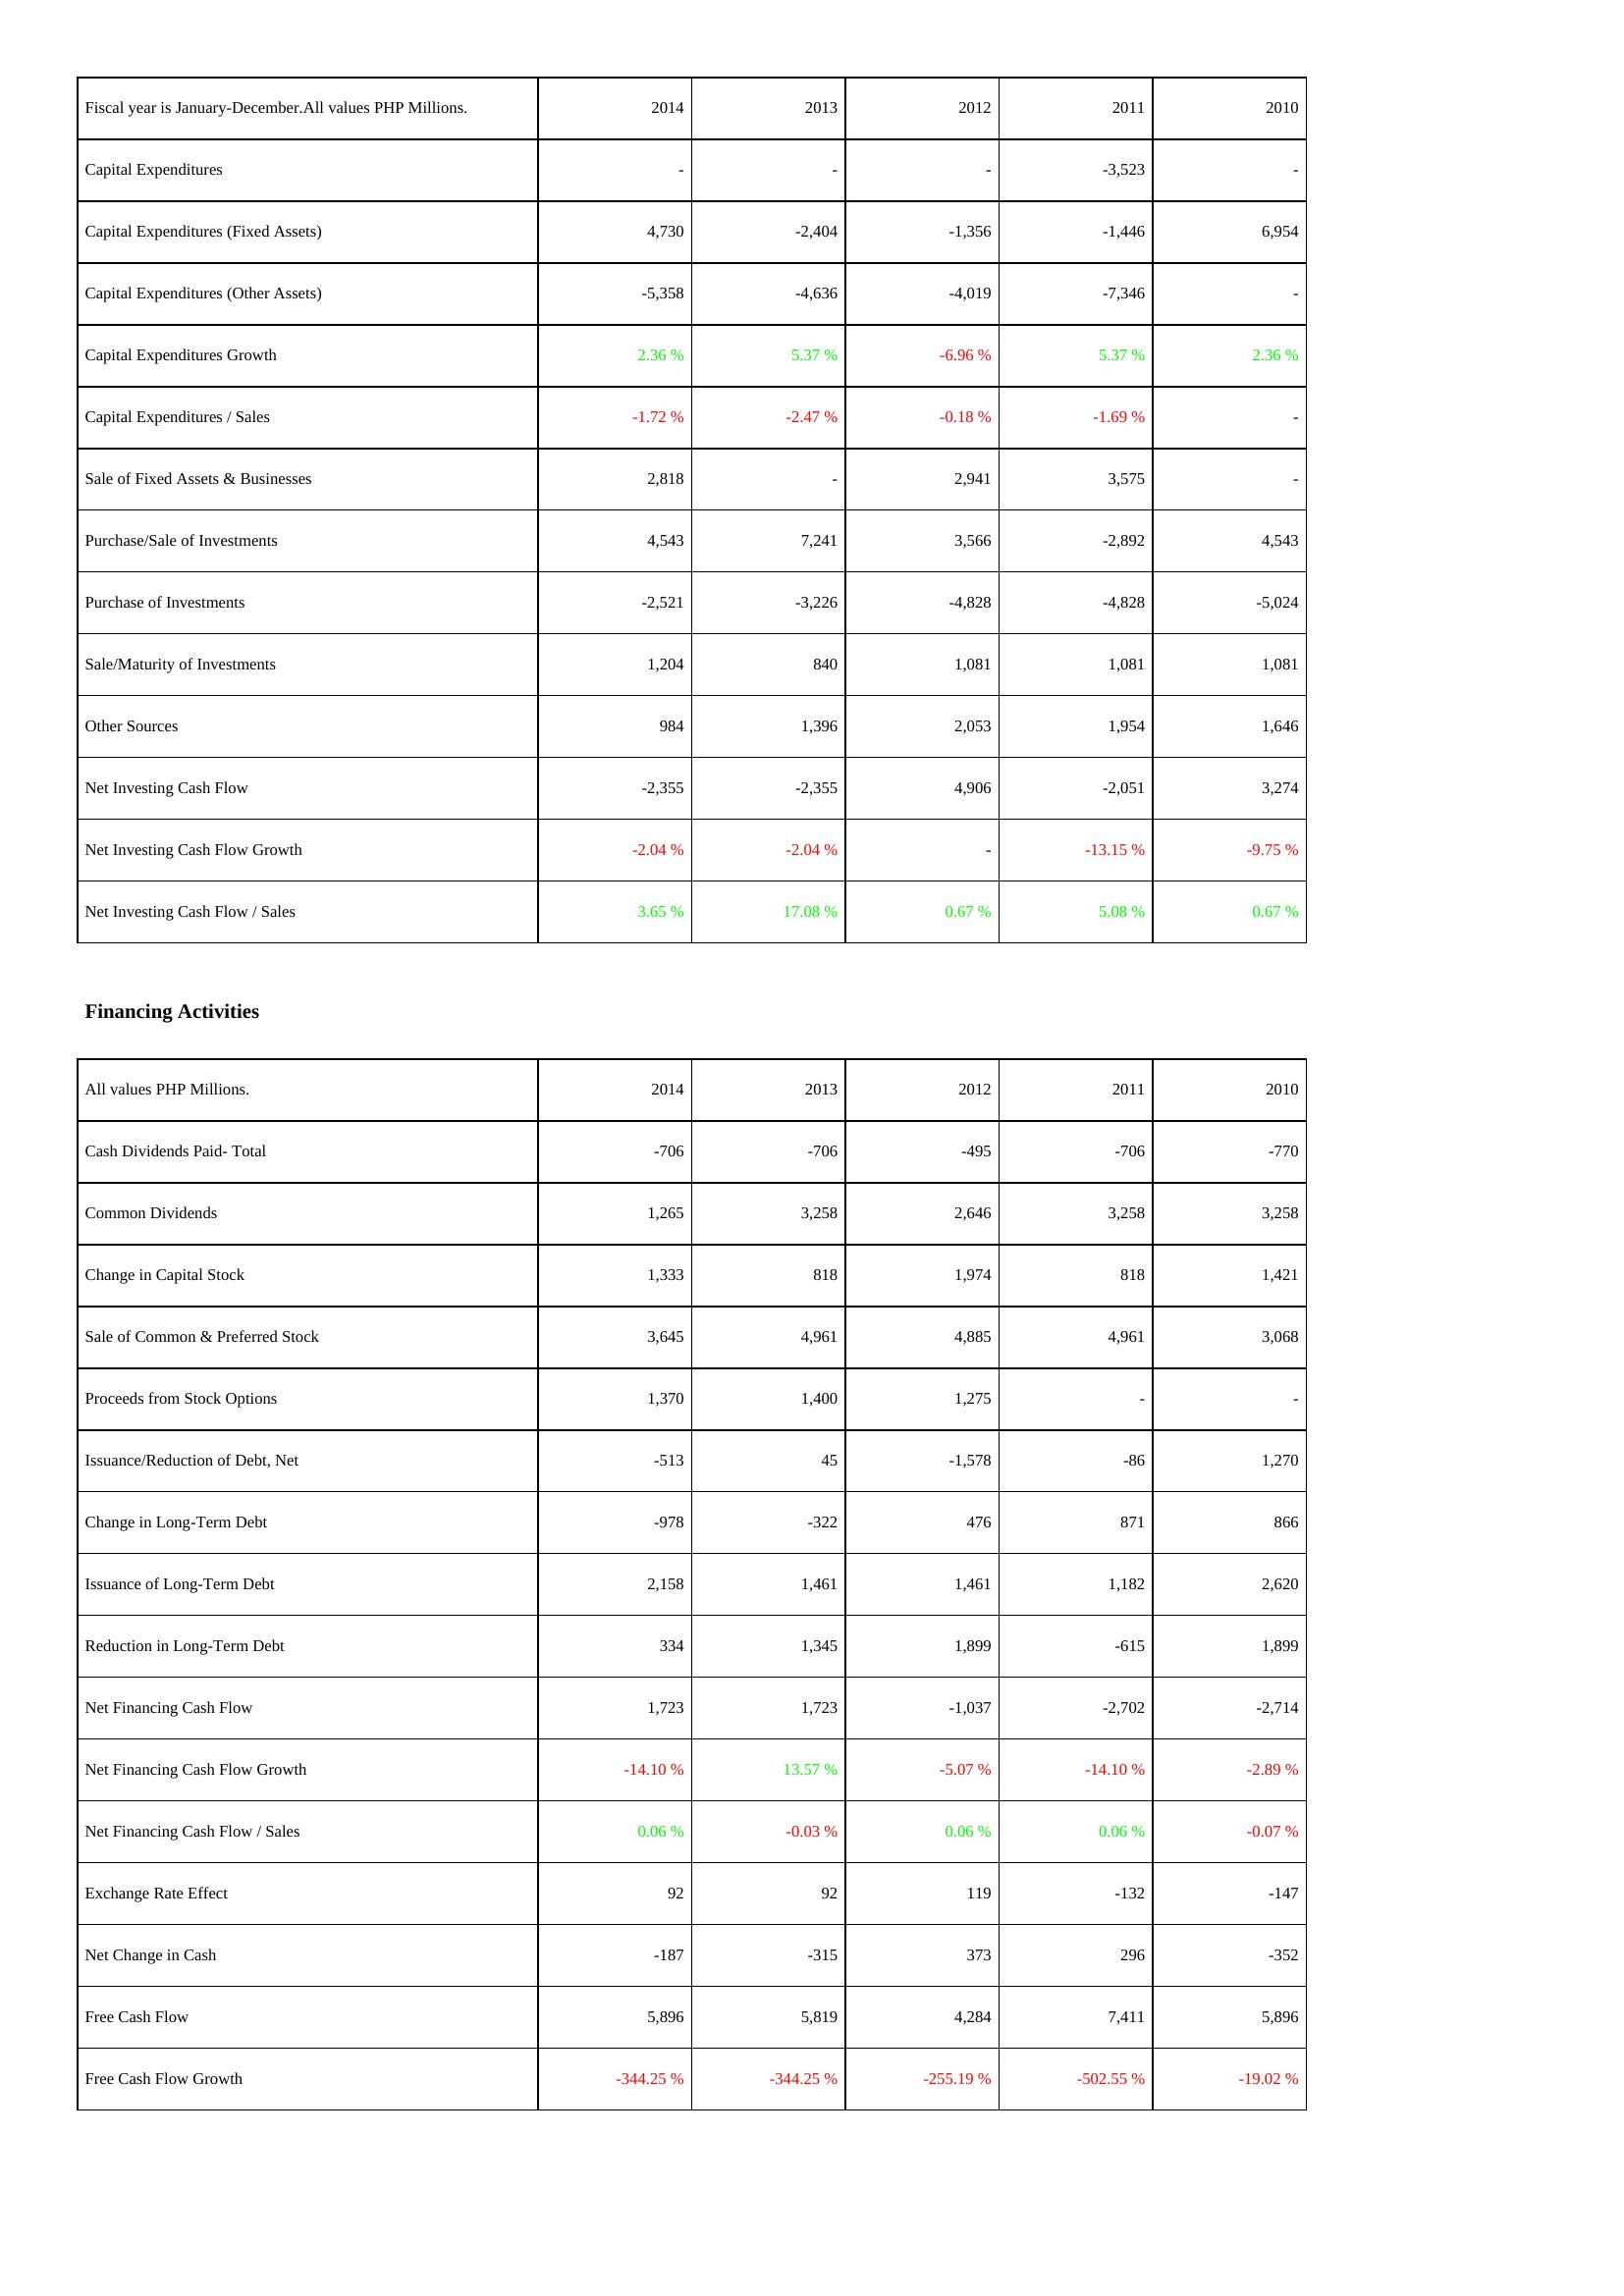
2014: Investing Activities: Capital Expenditures: -
Capital Expenditures (Fixed Assets): 4,730
Capital Expenditures (Other Assets): -5,358
Capital Expenditures Growth: 2.36 %
Capital Expenditures / Sales: -1.72 %
Sale of Fixed Assets & Businesses: 2,818
Purchase/Sale of Investments: 4,543
Purchase of Investments: -2,521
Sale/Maturity of Investments: 1,204
Other Sources: 984
Net Investing Cash Flow: -2,355
Net Investing Cash Flow Growth: -2.04 %
Net Investing Cash Flow / Sales: 3.65 %
Financing Activities: Cash Dividends Paid- Total: -706
Common Dividends: 1,265
Change in Capital Stock: 1,333
Sale of Common & Preferred Stock: 3,645
Proceeds from Stock Options: 1,370
Issuance/Reduction of Debt, Net: -513
Change in Long-Term Debt: -978
Issuance of Long-Term Debt: 2,158
Reduction in Long-Term Debt: 334
Net Financing Cash Flow: 1,723
Net Financing Cash Flow Growth: -14.10 %
Net Financing Cash Flow / Sales: 0.06 %
Exchange Rate Effect: 92
Net Change in Cash: -187
Free Cash Flow: 5,896
Free Cash Flow Growth: -344.25 %
2013: Investing Activities: Capital Expenditures: -
Capital Expenditures (Fixed Assets): -2,404
Capital Expenditures (Other Assets): -4,636
Capital Expenditures Growth: 5.37 %
Capital Expenditures / Sales: -2.47 %
Sale of Fixed Assets & Businesses: -
Purchase/Sale of Investments: 7,241
Purchase of Investments: -3,226
Sale/Maturity of Investments: 840
Other Sources: 1,396
Net Investing Cash Flow: -2,355
Net Investing Cash Flow Growth: -2.04 %
Net Investing Cash Flow / Sales: 17.08 %
Financing Activities: Cash Dividends Paid- Total: -706
Common Dividends: 3,258
Change in Capital Stock: 818
Sale of Common & Preferred Stock: 4,961
Proceeds from Stock Options: 1,400
Issuance/Reduction of Debt, Net: 45
Change in Long-Term Debt: -322
Issuance of Long-Term Debt: 1,461
Reduction in Long-Term Debt: 1,345
Net Financing Cash Flow: 1,723
Net Financing Cash Flow Growth: 13.57 %
Net Financing Cash Flow / Sales: -0.03 %
Exchange Rate Effect: 92
Net Change in Cash: -315
Free Cash Flow: 5,819
Free Cash Flow Growth: -344.25 %
2012: Investing Activities: Capital Expenditures: -
Capital Expenditures (Fixed Assets): -1,356
Capital Expenditures (Other Assets): -4,019
Capital Expenditures Growth: -6.96 %
Capital Expenditures / Sales: -0.18 %
Sale of Fixed Assets & Businesses: 2,941
Purchase/Sale of Investments: 3,566
Purchase of Investments: -4,828
Sale/Maturity of Investments: 1,081
Other Sources: 2,053
Net Investing Cash Flow: 4,906
Net Investing Cash Flow Growth: -
Net Investing Cash Flow / Sales: 0.67 %
Financing Activities: Cash Dividends Paid- Total: -495
Common Dividends: 2,646
Change in Capital Stock: 1,974
Sale of Common & Preferred Stock: 4,885
Proceeds from Stock Options: 1,275
Issuance/Reduction of Debt, Net: -1,578
Change in Long-Term Debt: 476
Issuance of Long-Term Debt: 1,461
Reduction in Long-Term Debt: 1,899
Net Financing Cash Flow: -1,037
Net Financing Cash Flow Growth: -5.07 %
Net Financing Cash Flow / Sales: 0.06 %
Exchange Rate Effect: 119
Net Change in Cash: 373
Free Cash Flow: 4,284
Free Cash Flow Growth: -255.19 %
2011: Investing Activities: Capital Expenditures: -3,523
Capital Expenditures (Fixed Assets): -1,446
Capital Expenditures (Other Assets): -7,346
Capital Expenditures Growth: 5.37 %
Capital Expenditures / Sales: -1.69 %
Sale of Fixed Assets & Businesses: 3,575
Purchase/Sale of Investments: -2,892
Purchase of Investments: -4,828
Sale/Maturity of Investments: 1,081
Other Sources: 1,954
Net Investing Cash Flow: -2,051
Net Investing Cash Flow Growth: -13.15 %
Net Investing Cash Flow / Sales: 5.08 %
Financing Activities: Cash Dividends Paid- Total: -706
Common Dividends: 3,258
Change in Capital Stock: 818
Sale of Common & Preferred Stock: 4,961
Proceeds from Stock Options: -
Issuance/Reduction of Debt, Net: -86
Change in Long-Term Debt: 871
Issuance of Long-Term Debt: 1,182
Reduction in Long-Term Debt: -615
Net Financing Cash Flow: -2,702
Net Financing Cash Flow Growth: -14.10 %
Net Financing Cash Flow / Sales: 0.06 %
Exchange Rate Effect: -132
Net Change in Cash: 296
Free Cash Flow: 7,411
Free Cash Flow Growth: -502.55 %
2010: Investing Activities: Capital Expenditures: -
Capital Expenditures (Fixed Assets): 6,954
Capital Expenditures (Other Assets): -
Capital Expenditures Growth: 2.36 %
Capital Expenditures / Sales: -
Sale of Fixed Assets & Businesses: -
Purchase/Sale of Investments: 4,543
Purchase of Investments: -5,024
Sale/Maturity of Investments: 1,081
Other Sources: 1,646
Net Investing Cash Flow: 3,274
Net Investing Cash Flow Growth: -9.75 %
Net Investing Cash Flow / Sales: 0.67 %
Financing Activities: Cash Dividends Paid- Total: -770
Common Dividends: 3,258
Change in Capital Stock: 1,421
Sale of Common & Preferred Stock: 3,068
Proceeds from Stock Options: -
Issuance/Reduction of Debt, Net: 1,270
Change in Long-Term Debt: 866
Issuance of Long-Term Debt: 2,620
Reduction in Long-Term Debt: 1,899
Net Financing Cash Flow: -2,714
Net Financing Cash Flow Growth: -2.89 %
Net Financing Cash Flow / Sales: -0.07 %
Exchange Rate Effect: -147
Net Change in Cash: -352
Free Cash Flow: 5,896
Free Cash Flow Growth: -19.02 %